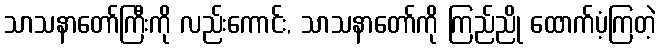
သာသနာတော်ကြီးကို လည်းကောင်း, သာသနာတော်ကို ကြည်ညို ထောက်ပံ့ကြတဲ့